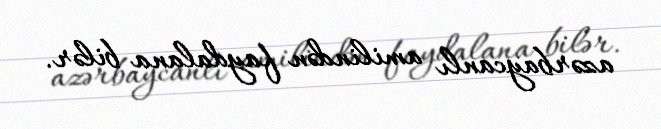
azərbaycanlı amilindən faydalana bilər.